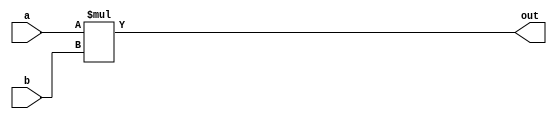
`timescale 1ns / 1ps
//////////////////////////////////////////////////////////////////////////////////
// Company: 
// Engineer: 
// 
// Design Name: 
// Module Name: Multiplier
// Project Name: 
// Target Devices: 
// Tool Versions: 
// Description: 
// 
// Dependencies: 
// 
// Revision:
// Revision 0.01 - File Created
// Additional Comments:
// 
//////////////////////////////////////////////////////////////////////////////////


module Multiplier #(parameter DATA_WIDTH = 32)(
    	input wire [DATA_WIDTH-1:0] a,
    	input wire [DATA_WIDTH-1:0] b,
    	output wire [DATA_WIDTH-1:0] out);

	assign out = a * b;

endmodule